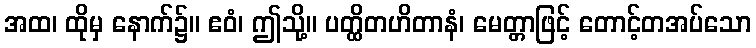
အထ၊ ထိုမှ နောက်၌။ ဧဝံ၊ ဤသို့။ ပတ္ထိတဟိတာနံ၊ မေတ္တာဖြင့် တောင့်တအပ်သော